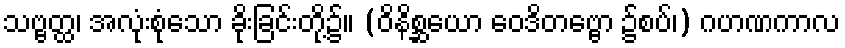
သဗ္ဗတ္ထ၊ အလုံးစုံသော ခိုးခြင်းတို့၌။ (ဝိနိစ္ဆယော ဝေဒိတဗ္ဗော ၌စပ်၊) ဂဟဏကာလ